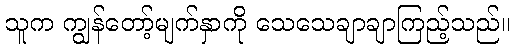
သူက ကျွန်တော့်မျက်နှာကို သေသေချာချာကြည့်သည်။